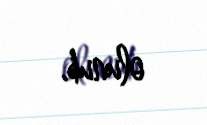
olunub.